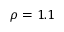
\rho = 1 . 1